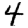
Digit: 4